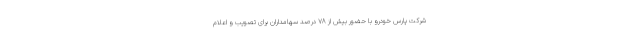
شرکت پارس خودرو با حضور بیش از ۷۸ درصد سهامداران برای تصویب و اعلام